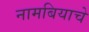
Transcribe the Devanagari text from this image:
नामबियाचे